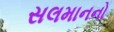
સલમાનનો